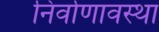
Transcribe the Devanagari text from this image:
निर्वाणावस्था